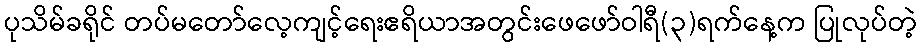
ပုသိမ်ခရိုင် တပ်မတော်လေ့ကျင့်ရေးဧရိယာအတွင်းဖေဖော်ဝါရီ(၃)ရက်နေ့က ပြုလုပ်တဲ့